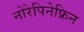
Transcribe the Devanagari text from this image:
नोरेपिनेफ्रिन